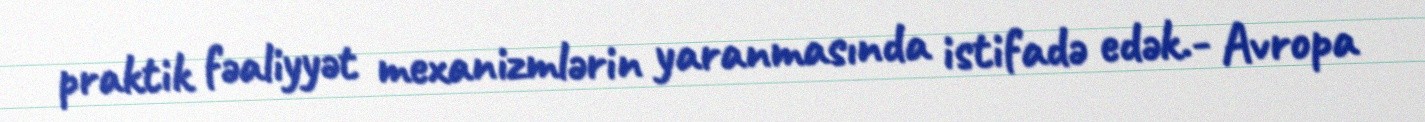
praktik fəaliyyət mexanizmlərin yaranmasında istifadə edək.- Avropa